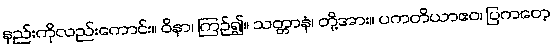
နည်းကိုလည်းကောင်း။ ဝိနာ၊ ကြဉ်၍။ သတ္တာနံ၊ တို့အား။ ပကတိယာဧဝ၊ ပြကတေ့